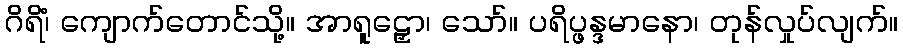
ဂိရိံ၊ ကျောက်တောင်သို့။ အာရူဠှော၊ သော်။ ပရိပ္ဖန္ဒမာနော၊ တုန်လှုပ်လျက်။